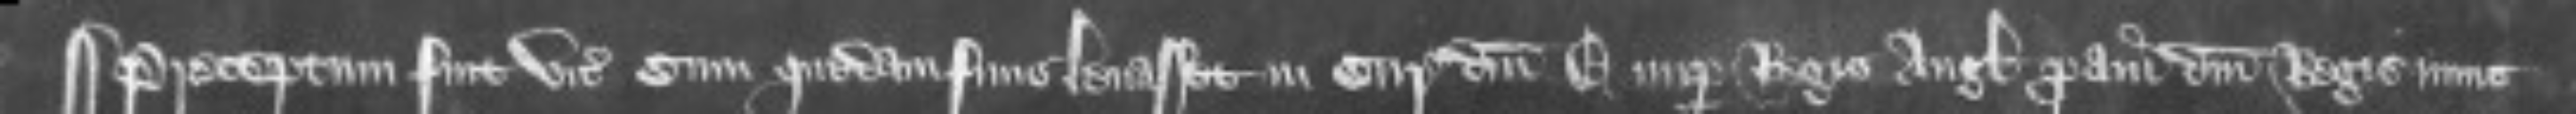
¶Preceptum fuit vicecomiti cum quedam finis levasset in curia domini Edwardi nuper Regis Anglie proavi domini Regis nunc